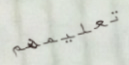
تعليمهم